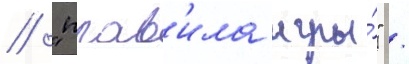
/ "прав'ила игры́" /